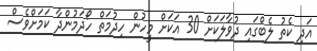
އަދި ކެތު ލެބްގައި ދުވާލަކަށް 30 އަކަށް މީހުން ހިދުމަތް ހޯދަމުންދާ ކަމަށްވެސް